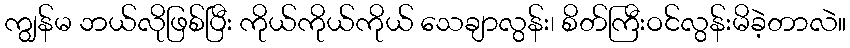
ကျွန်မ ဘယ်လိုဖြစ်ပြီး ကိုယ်ကိုယ်ကိုယ် သေချာလွန်း၊ စိတ်ကြီးဝင်လွန်းမိခဲ့တာလဲ။